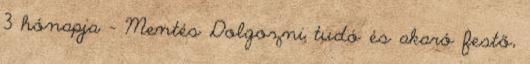
3 hónapja - Mentés Dolgozni tudó és akaró festő,